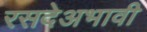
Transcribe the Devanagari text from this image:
रसदेअभावी